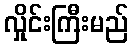
လှိုင်းကြီးမည်